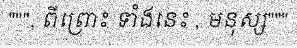
""", ពីព្រោះ ទាំងនេះ , មនុស្ស"""